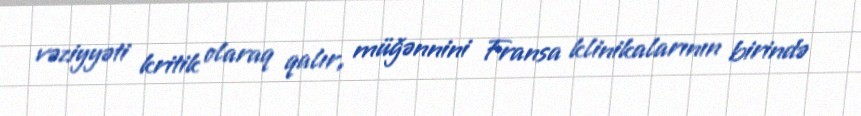
vəziyyəti kritik olaraq qalır, müğənnini Fransa klinikalarının birində